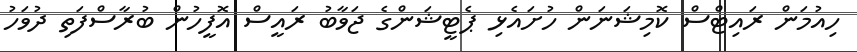
ހިއުމަން ރައިޓްސް ކޮމިޝަނަން ހުށައެޅި ޕެޓީޝަންގެ ޖަވާބު ރައީސް އޮފީހުން ބުރާސްފަތި ދުވަހު